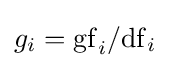
g_{i}=\mathrm {gf} _{i}/\mathrm {df} _{i}